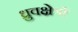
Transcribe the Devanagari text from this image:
ध्रुवक्षेत्रों